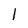
Character: l